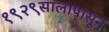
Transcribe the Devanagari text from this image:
१९२९सालापासून